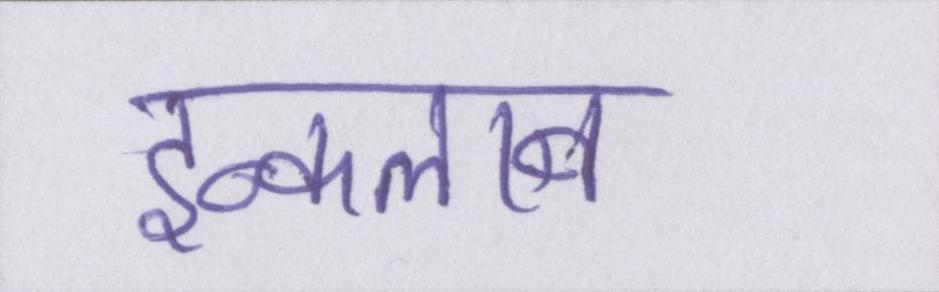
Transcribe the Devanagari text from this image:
इन्कलाब